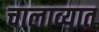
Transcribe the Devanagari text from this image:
चालाव्यात